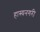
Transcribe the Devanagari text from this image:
हास्यनगरी